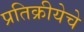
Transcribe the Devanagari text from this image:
प्रतिक्रीयेचे